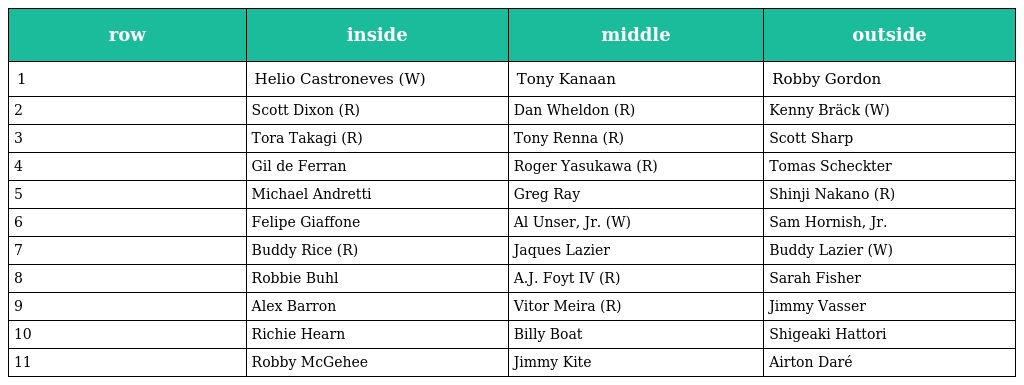
| row | inside | middle | outside |
 | --- | --- | --- | --- |
 | 1 | Helio Castroneves (W) | Tony Kanaan | Robby Gordon |
 | 2 | Scott Dixon (R) | Dan Wheldon (R) | Kenny Bräck (W) |
 | 3 | Tora Takagi (R) | Tony Renna (R) | Scott Sharp |
 | 4 | Gil de Ferran | Roger Yasukawa (R) | Tomas Scheckter |
 | 5 | Michael Andretti | Greg Ray | Shinji Nakano (R) |
 | 6 | Felipe Giaffone | Al Unser, Jr. (W) | Sam Hornish, Jr. |
 | 7 | Buddy Rice (R) | Jaques Lazier | Buddy Lazier (W) |
 | 8 | Robbie Buhl | A.J. Foyt IV (R) | Sarah Fisher |
 | 9 | Alex Barron | Vitor Meira (R) | Jimmy Vasser |
 | 10 | Richie Hearn | Billy Boat | Shigeaki Hattori |
 | 11 | Robby McGehee | Jimmy Kite | Airton Daré |